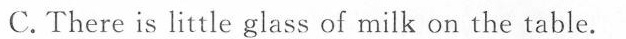
C.There is little glass of milk on the table.